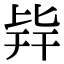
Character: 𣬊